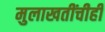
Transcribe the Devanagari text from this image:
मुलाखतींचीही